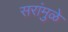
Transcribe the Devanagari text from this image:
सरांमुळे